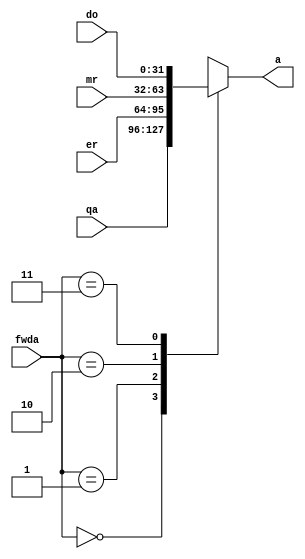
module a_mux(
    input [1:0] fwda,
    input [31:0] qa,
    input [31:0] er,
    input [31:0] mr,
    input [31:0] do,
    output reg [31:0] a
    );
    always @(*) begin 
        case(fwda) 
            2'b00: a <= qa;
            2'b01: a <= er;
            2'b10: a <= mr;
            2'b11: a <= do;
        endcase
    end
endmodule